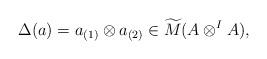
LaTeX: \begin{align*}\Delta(a) = a_{(1)}\otimes a_{(2)} \in \widetilde{M}(A\otimes^I A),\end{align*}